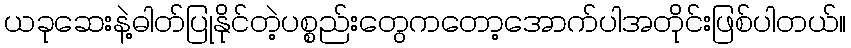
ယခုဆေးနဲ့ဓါတ်ပြုနိုင်တဲ့ပစ္စည်းတွေကတော့အောက်ပါအတိုင်းဖြစ်ပါတယ်။